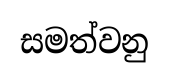
සමත්වනු